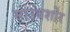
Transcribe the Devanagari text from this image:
साउथशोर